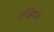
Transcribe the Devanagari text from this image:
बहियर